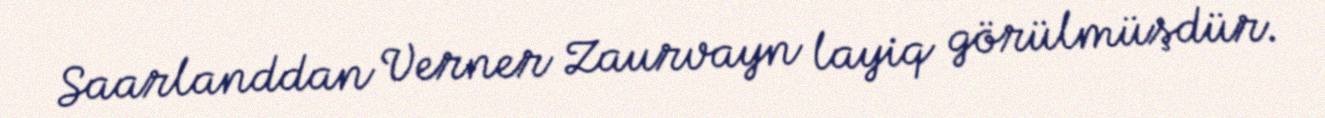
Saarlanddan Verner Zaurvayn layiq görülmüşdür.